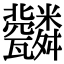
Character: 𦨆